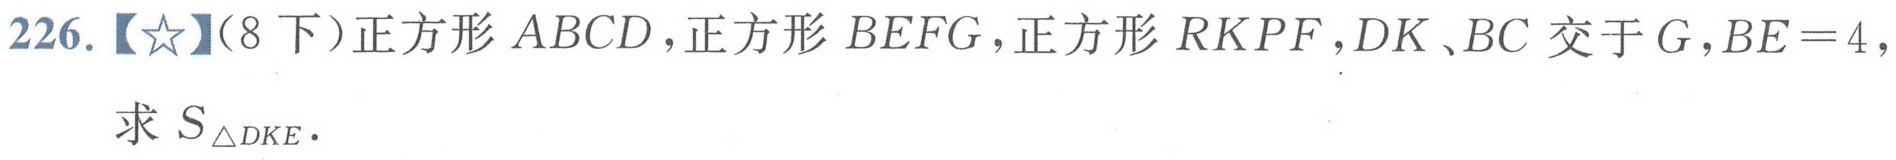
226.【★】(8下）正方形\(ABCD\)，正方形\(BEFG\)，正方形\(RKPF\)，\(DK\)、\(BC\)交于\(G\)，\(BE = 4\)，
求\(S_{\triangle DKE}\).